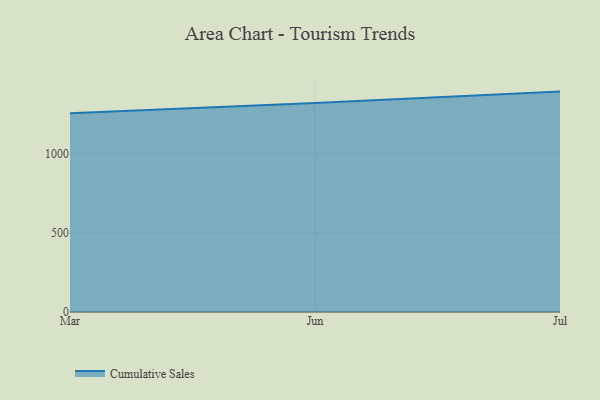
{"axis": {"x": "Month", "y": "Website Visitors"}, "legend": ["Cumulative Sales"], "data": [{"x": "Mar", "y": 1254.9, "type": "Cumulative Sales"}, {"x": "Jun", "y": 1319.0, "type": "Cumulative Sales"}, {"x": "Jul", "y": 1390.9, "type": "Cumulative Sales"}]}